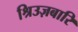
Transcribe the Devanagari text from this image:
श्रिउज़बारि